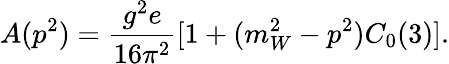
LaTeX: A(p^{2})=\frac{g^{2}e}{16\pi^{2}}[1+(m_{W}^{2}-p^{2})C_{0}(3)].